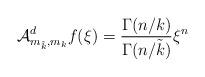
LaTeX: \begin{align*}\mathcal{A}_{m_{\tilde{k}},m_{k}}^{d}f(\xi) =\frac{\Gamma(n/k)}{\Gamma(n/\tilde{k})}\xi^{n} \end{align*}